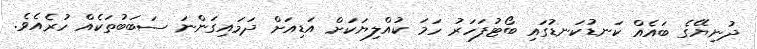
ދުނިޔޭގެ ބައެއް ކަނޑުކަނޑުގައި ބޯޓުފަހަރު ހަމަ ކުއްލިޔަކަށް އަޑިއަށް ދަމައިގަންނަ ސަބަބުތަކެއް ހުރެއެވެ.